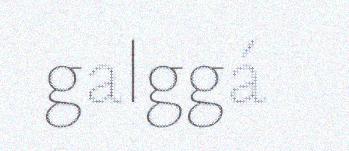
galggá